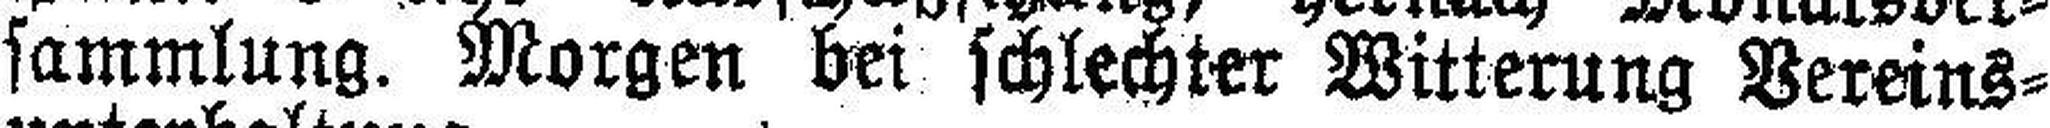
sammlung. Morgen bei schlechter Witterung Vereins¬